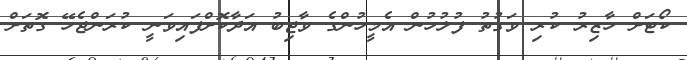
ކޯޓަށް ހާޒިރު ކުރި ވަގުތު ފުލުހުން އެމީހުންގެ ވާޖިބު އަދާކޮށްފައިވަނީ ކުރަންޖެހޭ ގޮތަށް